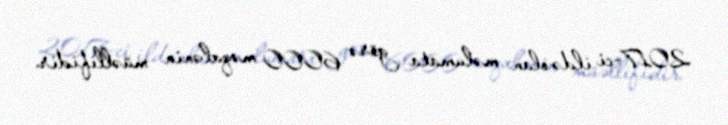
2017-ci ildə olan məlumata görə 6000 məqalənin müəllifidir.